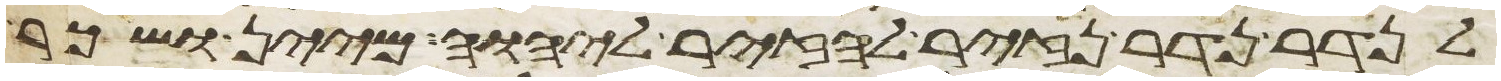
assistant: לנדר נדר נזיר להזיר ליהוה מיין ושכר